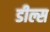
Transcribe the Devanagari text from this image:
डील्स